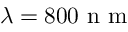
\lambda = 8 0 0 \mathrm { ~ n ~ m ~ }